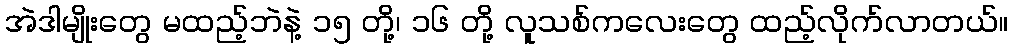
အဲဒါမျိုးတွေ မထည့်ဘဲနဲ့ ၁၅ တို့၊ ၁၆ တို့ လူသစ်ကလေးတွေ ထည့်လိုက်လာတယ်။